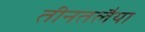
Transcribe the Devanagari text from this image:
तीनतलैया